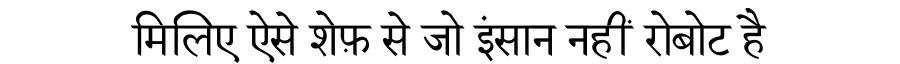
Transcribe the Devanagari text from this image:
मिलिए ऐसे शेफ़ से जो इंसान नहीं रोबोट है